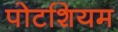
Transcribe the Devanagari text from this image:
पोटशियम